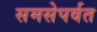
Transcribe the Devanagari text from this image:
समसेपर्वत